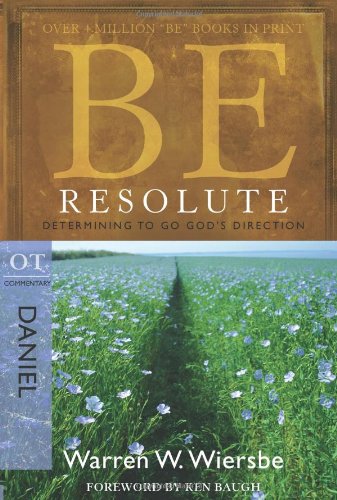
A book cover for Be Resolute (Daniel): Determining to Go God's Direction (The BE Series Commentary); Warren W. Wiersbe; Christian Books & Bibles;